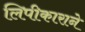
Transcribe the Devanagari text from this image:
लिपीकाराने